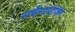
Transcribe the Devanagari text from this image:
मर्चैनडाईज़िंग